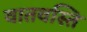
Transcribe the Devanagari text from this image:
वातवस्ति